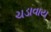
ચડાવાય